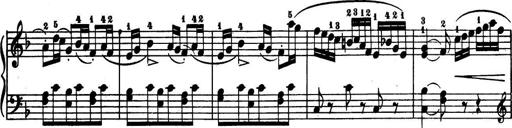
Title: 32 Sonatinas and Rondos for the Piano
Composer: Richard Kleinmichel